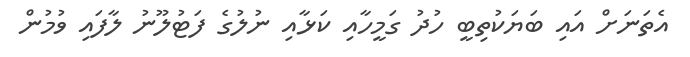
އެތަނަށް އައި ބަޔަކުތިބީ ހުދު ގަމީހާއި ކަޅާއި ނުލުގެ ފަޓުލޫނު ލާފައި ވުމުން